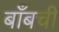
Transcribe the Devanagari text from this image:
बाँबची